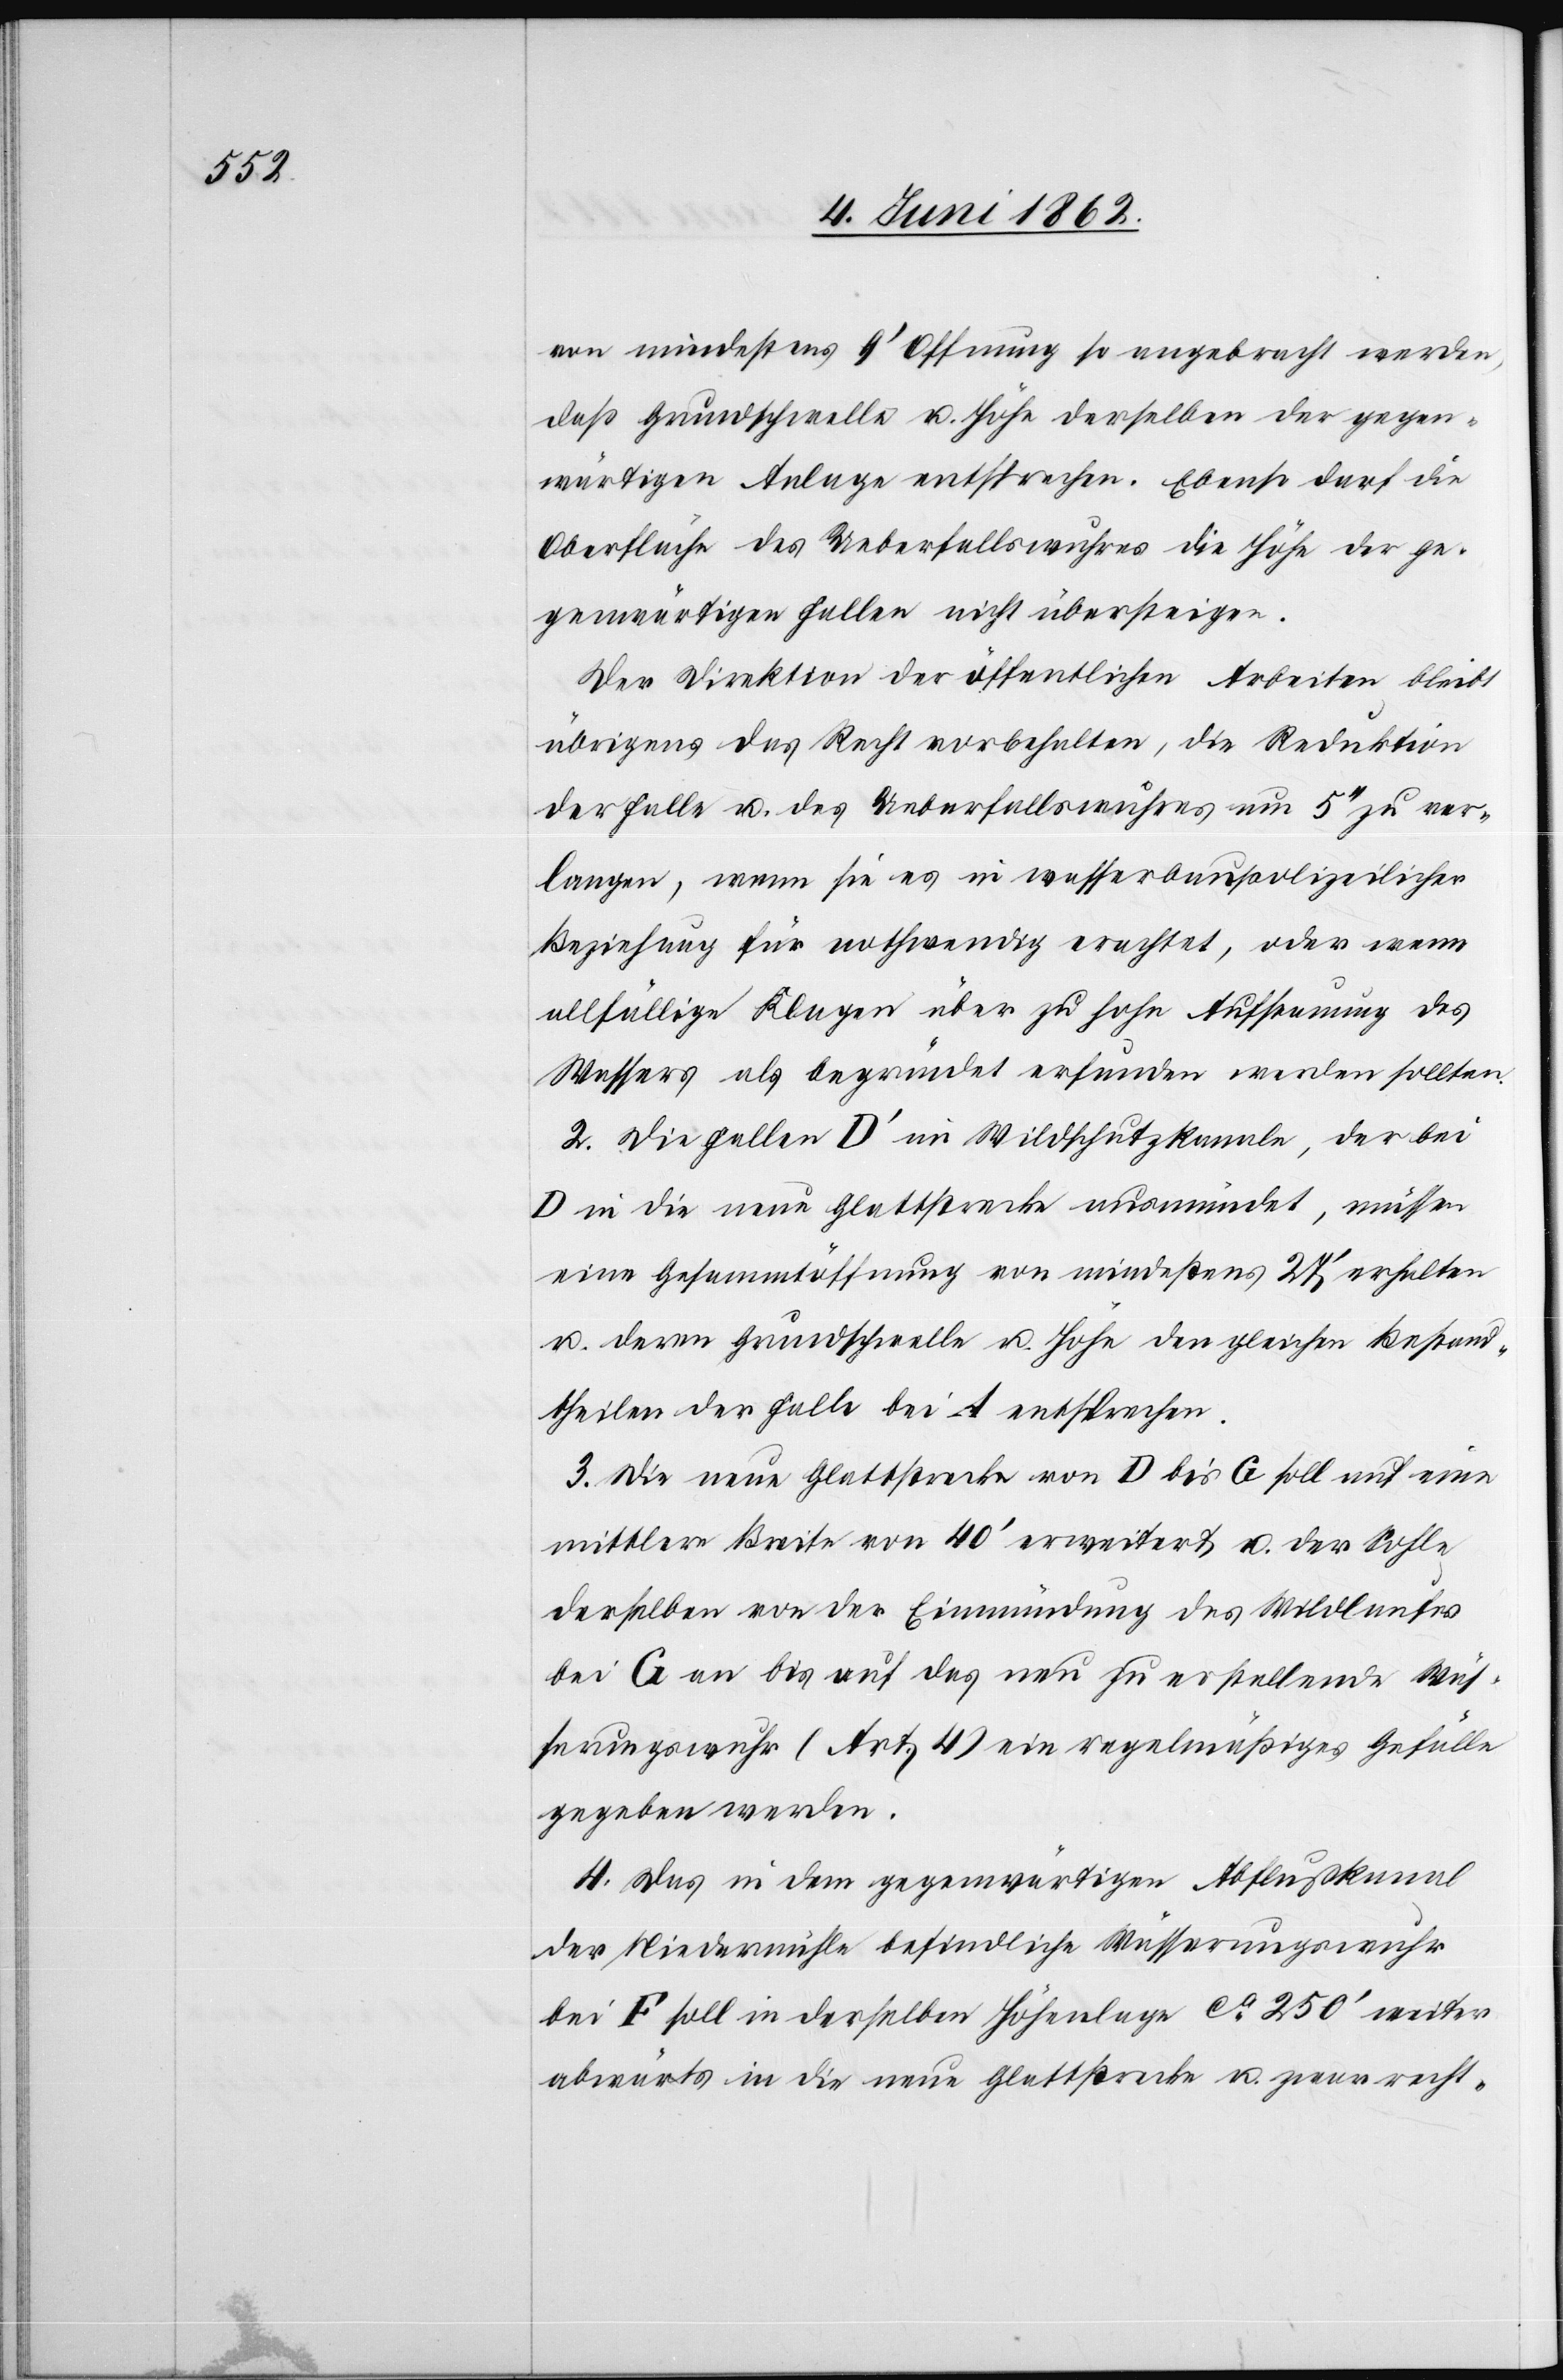
von mindestens 9’ Offnung so angebracht werden,
daß Grundschwelle u. Höhe derselben der gegen¬
wärtigen Anlage entsprechen. Ebenso darf die
Oberfläche des Ueberfallswuhres die Höhe der ge¬
genwärtigen Fallen nicht übersteigen.
Der Direktion der öffentlichen Arbeiten bleibt
übrigens das Recht vorbehalten, die Reduktion
der Falle u. des Ueberfallswuhres um 5’’ zu ver¬
langen, wenn sie es in wasserpolizeilicher
Beziehung für nothwendig erachtet, oder wenn
allfällige Klagen über zu hohe Aufstauung des
Wassers als begründet erfunden werden sollten.
2. Die Fallen D’ im Wildbachkanale, der bei
D in die neue Glattstrecke ausmündet, müssen
eine Gesammtöffnung von mindestens 27’ erhalten
u. deren Grundschwelle u. Höhe den gleichen Bestand¬
theilen der Falle bei A entsprechen.
3. Die neue Glattstrecke von D bis G soll auf eine
mittlere Breite von 40’ erweitert u. der Sohle
derselben von der Einmündung des Wildlaufes
bei G an bis auf das neu zu erstellende Wäs¬
serungswuhr (Art. 4) ein regelmäßiges Gefälle
gegeben werden.
4. Das in dem gegenwärtigen Abflußkanal
der Niedermühle befindliche Wässerungswuhr
bei F soll in derselben Höhenlage ca 250’ weiter
abwärts in die neue Glattstrecke u. zwar recht-